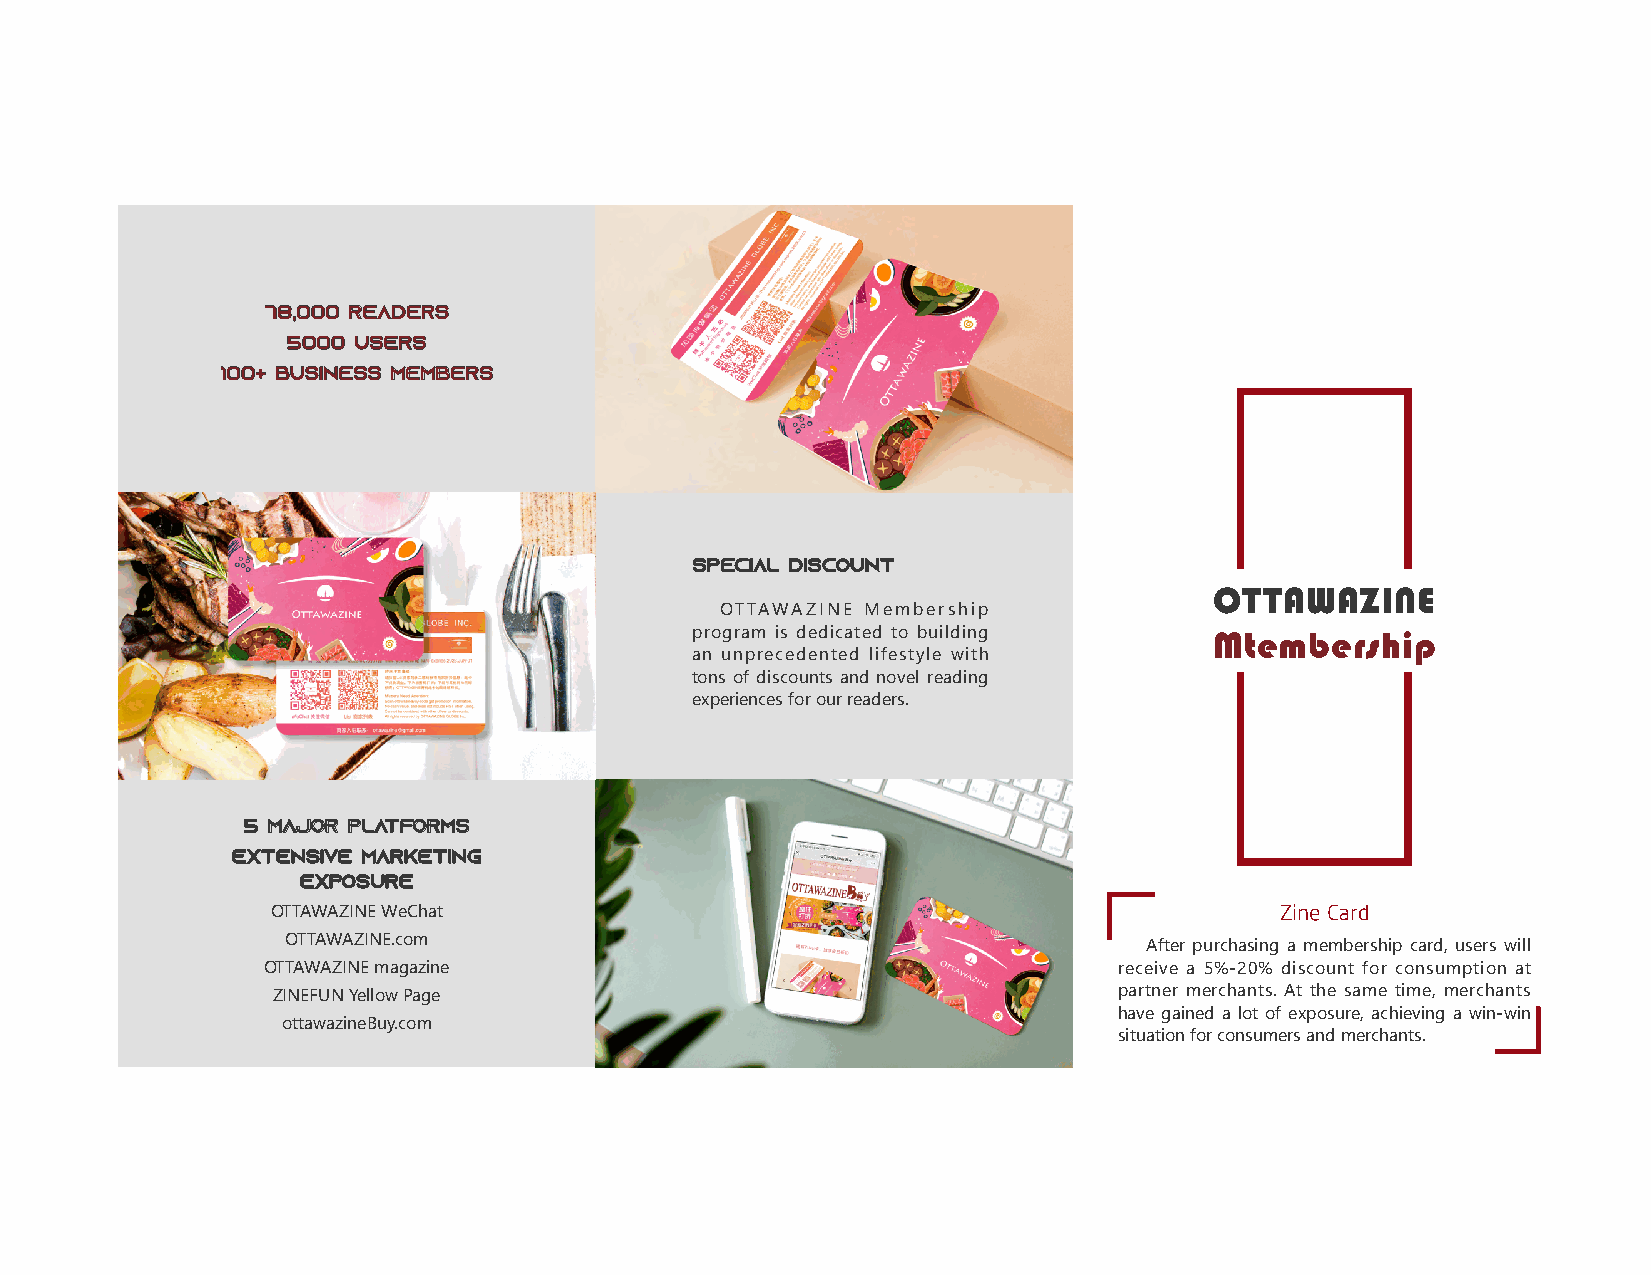
7788,,000000 rreeaaddeerrss
 55000000 UUSSEERRSS
 110000++ BBUUSSIINNEESSSS MMEEMMBBEERRSS
 SSppeecciiaall DDiissccoouunntt
 OTTAWAZINE
 OTTAWAZINE Membership
 program is dedicated to building  Mtembership
 an unprecedented lifestyle with
 tons of discounts and novel reading
 experiences for our readers.
 55 MMaajjoorr PPllaattffoorrmmss
 EExxtteennssiivvee MMaarrkkeettiinngg
 EExxppoossuurree
 OTTAWAZINE WeChat                                                  Zine Card
 OTTAWAZINE.com
 After purchasing a membership card, users will
 OTTAWAZINE magazine                                      receive a 5%-20% discount for consumption at
 ZINEFUN Yellow Page                                     partner merchants. At the same time, merchants
 have gained a lot of exposure, achieving a win-win
 ottawazineBuy.com
 situation for consumers and merchants.